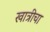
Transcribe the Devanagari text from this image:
खात्रीचा